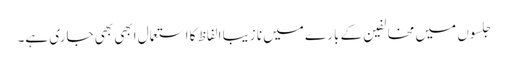
جلسوں میں مخالفین کے بارے میں نا زیبا الفاظ کا استعمال ابھی بھی جاری ہے۔